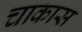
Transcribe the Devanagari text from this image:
चाकास